Code of medical and sanitary regulations for the guidance of medical officers serving in the Madras Presidency - Volume I
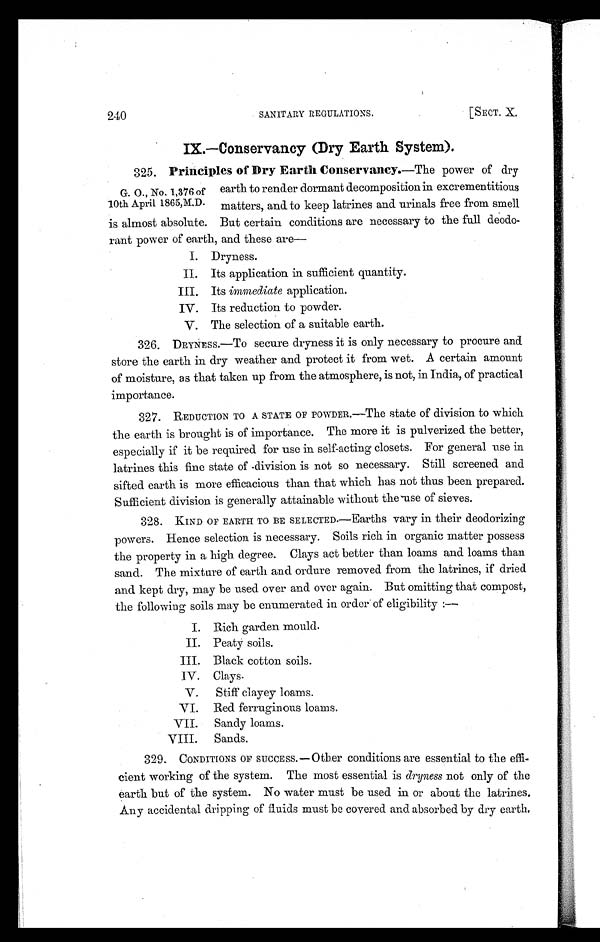
240
SANITARY REGULATIONS.
[SECT. X.
IX.—Conservancy (Dry Earth System).
325. Principles of Dry Earth Conservancy.—The power of dry
earth to render dormant decomposition in excrementitious
matters, and to keep latrines and urinals free from smell
is almost absolute. But certain conditions are necessary to the full deodo-
rant power of earth, and these are
—
I. Dryness.
II. Its application in sufficient quantity.
III. Its immediate application.
IV. Its reduction to powder.
V. The selection of a suitable earth.
326. DRYNESS.—TO secure dryness it is only necessary to procure and
store the earth in dry weather and protect it from wet. A certain amount
of moisture, as that taken up from the atmosphere, is not, in India, of practical
importance.
327. REDUCTION TO A STATE OF POWDER.—The state of division to which
the earth is brought is of importance. The more it is pulverized the better,
especially if it be required for use in self-acting closets. For general use in
latrines this fine state of division is not so necessary. Still screened and
sifted earth is more efficacious than that which has not thus been prepared.
Sufficient division is generally attainable without the use of sieves.
328. KIND OF EARTH TO BE SELECTED.—Earths vary in their deodorizing
powers. Hence selection is necessary. Soils rich in organic matter possess
the property in a high degree. Clays act better than loams and loams than
sand. The mixture of earth and ordure removed from the latrines, if dried
and kept dry, may be used over and over again. But omitting that compost,
the following soils may be enumerated in order of eligibility :—
I. Rich garden mould.
II. Peaty soils.
III. Black cotton soils.
IV. Clays.
V. Stiff clayey loams.
VI. Red ferruginous loams.
VII. Sandy loams.
VIII. Sands.
329. CONDITIONS OF SUCCESS.—Other conditions are essential to the effi-
cient working of the system. The most essential is dryness not only of the
earth but of the system. No water must be used in or about the latrines.
Any accidental dripping of fluids must be covered and absorbed by dry earth.
G. O., No. 1,376 of
10th April 1865, M.D.